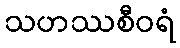
သဟဿစီဝရံ